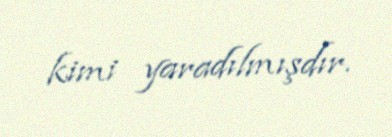
kimi yaradılmışdır.